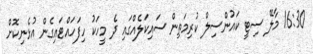
16:30 މާލޭ ސިޓީ ކައުންސިލް ކުރިމަތިން ސައިކަލެއްގައި ދެ މީހަކު ހިފަހައްޓައިގެން އުޅެނިކޮށް